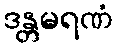
ဒန္တမရဏံ